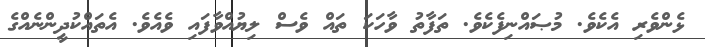
ޅެންވެރި އެކެވެ. މުޞައްނިފެކެވެ. ތަފާތު ވާހަކަ ތައް ވެސް ލިޔުއްވާފައި ވެއެވެ. އެތައްކުދީންނެއްގެ